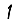
Digit: 1